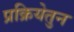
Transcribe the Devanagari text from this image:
प्रक्रियेतुन